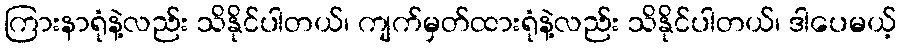
ကြားနာရုံနဲ့လည်း သိနိုင်ပါတယ်၊ ကျက်မှတ်ထားရုံနဲ့လည်း သိနိုင်ပါတယ်၊ ဒါပေမယ့်